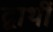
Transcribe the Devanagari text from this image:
द्वार्थी